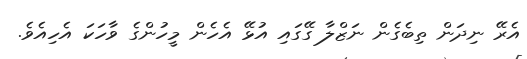
އެރޭ ނިދަން ތިބެގެން ނަޒްލާ ގޭގައި އުޅޭ އެހެން މީހުންގެ ވާހަކަ އެހިއެވެ.